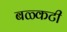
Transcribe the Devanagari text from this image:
बळ्कटी